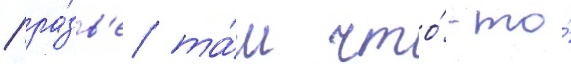
/ ра́зв'е та́м что́-то́